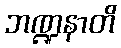
ဘဏ္ဍနာတိ